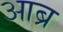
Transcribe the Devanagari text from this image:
आब्र